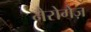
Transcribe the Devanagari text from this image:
नैरोगेज़